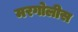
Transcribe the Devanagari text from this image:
मरगोलीस